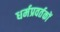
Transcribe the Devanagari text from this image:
धर्मप्रवर्तकों